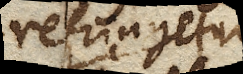
refringetur